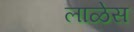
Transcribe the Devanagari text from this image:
लाळेस